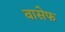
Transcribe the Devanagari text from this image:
वासेफ